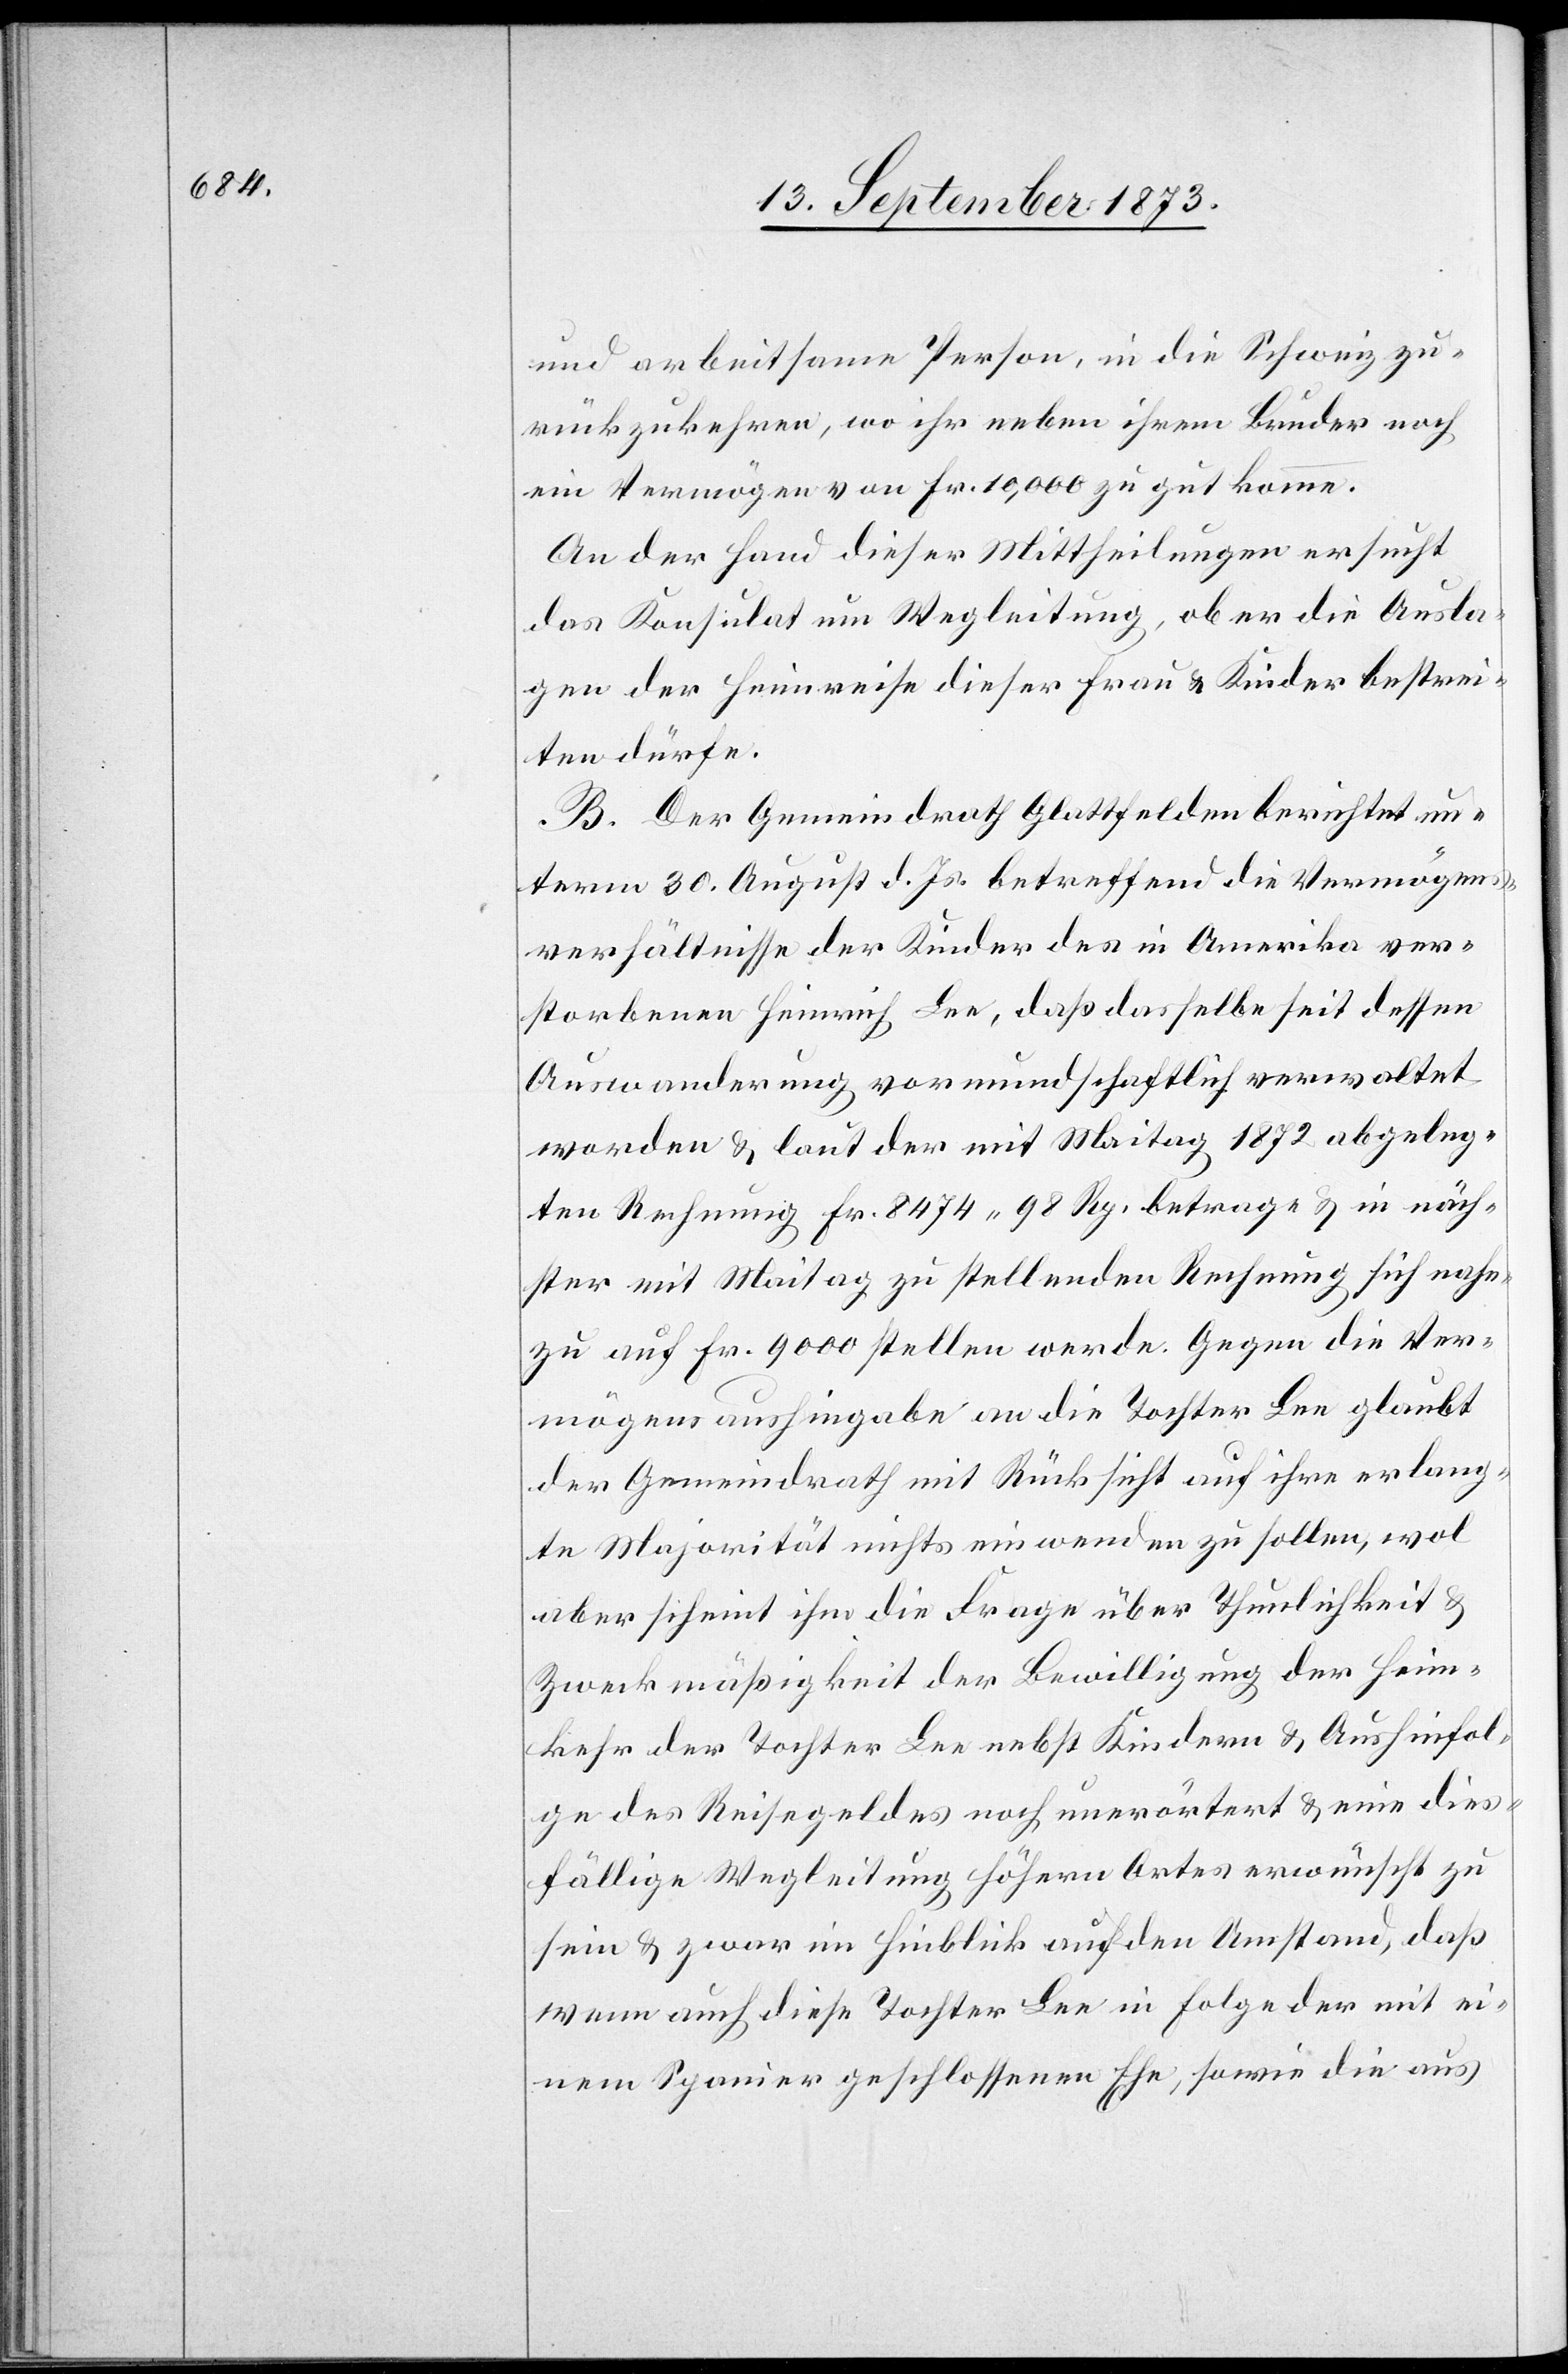
und arbeitsame Person, in die Schweiz zu¬
rückzukehren, wo ihr neben ihrem Bruder noch
ein Vermögen von Fr. 10,000 zu gut komme.
An der Hand dieser Mittheilungen ersucht
das Konsulat um Wegleitung, ob er die Ausla¬
gen der Heimreise dieser Frau & Kinder bestrei¬
ten dürfe.
B. Der Gemeindrath Glattfelden berichtet un¬
term 30. August d. Js. betreffend die Vermögens¬
verhältnisse der Kinder des in Amerika ver¬
storbenen Heinrich Lee, daß dasselbe seit dessen
Auswanderung vormundschaftlich verwaltet
worden & laut der mit Maitag 1872 abgeleg¬
ten Rechnung Fr. 8 474 98 Rp. betrage & in näch¬
ster mit Maitag zu stellenden Rechnung sich nahe¬
zu auf Fr. 9 000 stellen werde. Gegen die Ver¬
mögensaushingabe an die Tochter Lee glaubt
der Gemeindrath mit Rücksicht auf ihre erlang¬
te Majorität nichts einwenden zu sollen, wol
aber scheint ihm die Frage über Thunlichkeit &
Zweckmäßigkeit der Bewilligung der Heim¬
kehr der Tochter Lee nebst Kindern & Aushinfol¬
ge des Reisegeldes noch unerörtert & eine dies¬
fällige Wegleitung höhern Ortes erwünscht zu
sein & zwar im Hinblick auf den Umstand, daß
wenn auch diese Tochter Lee in Folge der mit ei¬
nem Spanier geschlossenen Ehe, sowie die aus